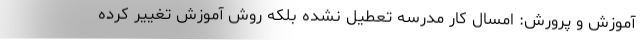
آموزش و پرورش: امسال کار مدرسه تعطیل نشده بلکه روش آموزش تغییر کرده